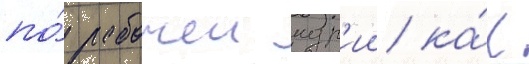
по́ рабочеи кур'ии ка́к